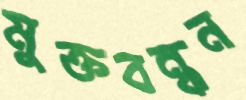
মুক্তবন্ধন